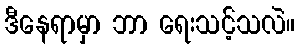
ဒီနေရာမှာ ဘာ ရေးသင့်သလဲ။